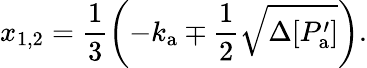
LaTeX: x_{1,2}=\frac{1}{3}\left(-k_{\mathrm{a}}\mp\frac{1}{2}\sqrt{\Delta[P_{\mathrm{a}}^{\prime}]}\right).